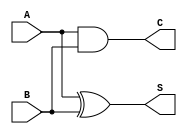
module current_mode_half_adder (
    input wire A,    // Single-bit input A
    input wire B,    // Single-bit input B
    output wire S,   // Sum output
    output wire C    // Carry output
);

// Sum output is the XOR of A and B
assign S = A ^ B; // S = A  B

// Carry output is the AND of A and B
assign C = A & B; // C = A  B

endmodule